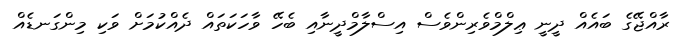
ރާއްޖޭގެ ބައެއް ދީނީ ޢިލްމްވެރިންވެސް އިސްލާމްދީނާއި ބެހޭ ވާހަކަތައް ދެއްކުމަށް ވަކި މިންގަނޑެއް